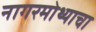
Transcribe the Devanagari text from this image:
नागरमोथ्याचा